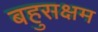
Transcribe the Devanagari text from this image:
बहुसक्षम